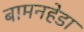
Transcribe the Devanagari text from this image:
बामनहेडा